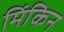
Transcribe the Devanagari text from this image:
मिंकिन